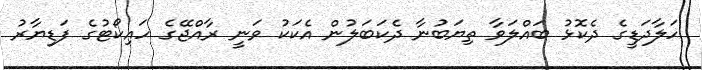
ހަލާދަޑީގެ ދެކޮޅު ބައްލަވާ ތިޔަބުނާ ދެކަބަލުން އެކަކު ވަނީ ރާއްޖޭގެ ހައިކޯޓުގެ ފަޑިޔާރު